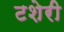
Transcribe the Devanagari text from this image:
टशेरी